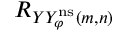
R _ { Y Y _ { \varphi } ^ { \mathrm { n s } } ( m , n ) }